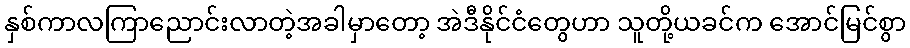
နှစ်ကာလကြာညောင်းလာတဲ့အခါမှာတော့ အဲဒီနိုင်ငံတွေဟာ သူတို့ယခင်က အောင်မြင်စွာ